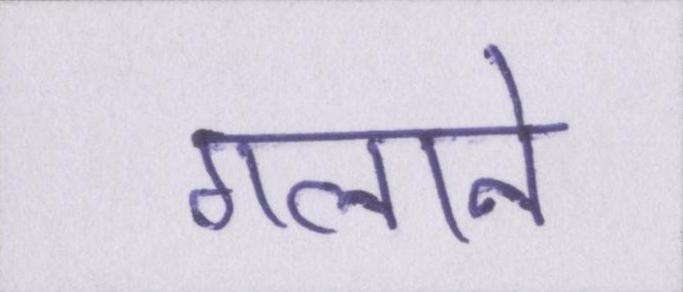
गलाने